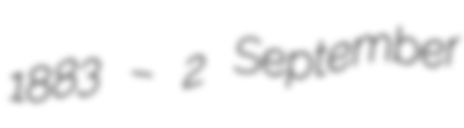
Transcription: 1883 – 2 September